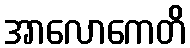
အာလောကေတိ